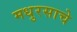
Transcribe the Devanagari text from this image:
मधुरसाचे